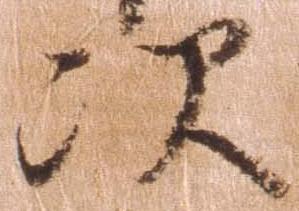
次